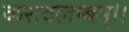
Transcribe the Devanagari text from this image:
करावलम्बम्।।